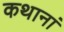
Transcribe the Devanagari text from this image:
कथानां